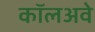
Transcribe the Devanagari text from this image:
कॉलअवे